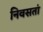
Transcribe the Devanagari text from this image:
निवसतां